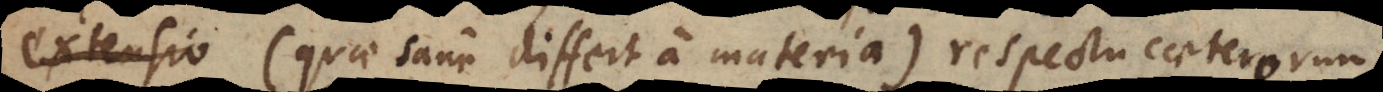
(quae sane differt a materia) respectu caeterorum